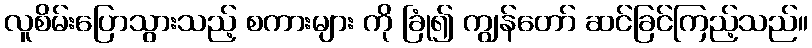
လူစိမ်းပြောသွားသည့် စကားများ ကို ခြုံ၍ ကျွန်တော် ဆင်ခြင်ကြည့်သည်။